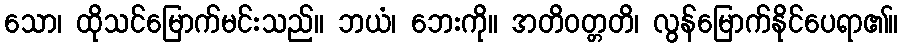
သော၊ ထိုသင်မြောက်မင်းသည်။ ဘယံ၊ ဘေးကို။ အတိဝတ္တတိ၊ လွန်မြောက်နိုင်ပေရာ၏။